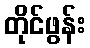
တိုင်ဖွန်း